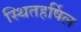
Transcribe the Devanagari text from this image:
स्थितहर्षिल